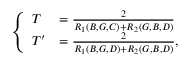
\left\{ \begin{array} { l l } { T } & { = \frac { 2 } { R _ { 1 } ( B , G , C ) + R _ { 2 } ( G , B , D ) } } \\ { T ^ { \prime } } & { = \frac { 2 } { R _ { 1 } ( B , G , D ) + R _ { 2 } ( G , B , D ) } , } \end{array} \right.